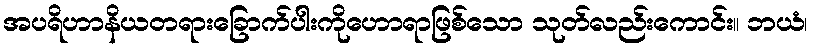
အပရိဟာနိယတရားခြောက်ပါးကိုဟောရာဖြစ်သော သုတ်လည်းကောင်း။ ဘယံ၊